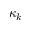
\kappa _ { k }